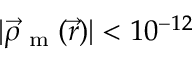
| \vec { \rho } _ { \textrm { m } } ( \vec { r } ) | < 1 0 ^ { - 1 2 }